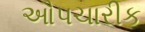
ઔપચારીક